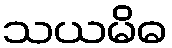
သယမိဓ